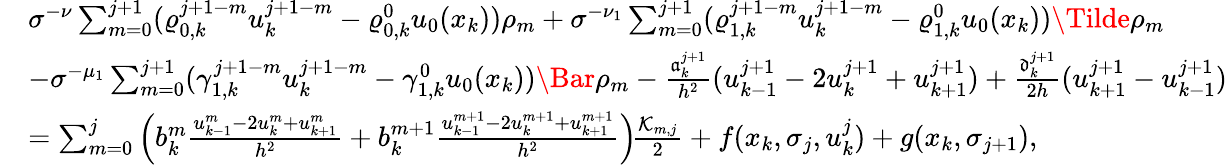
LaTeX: \begin{array}{rl}&{\sigma^{-\nu}\sum_{m=0}^{j+1}(\varrho_{0,k}^{j+1-m}u_{k}^{j+1-m}-\varrho_{0,k}^{0}u_{0}(x_{k}))\rho_{m}+\sigma^{-\nu_{1}}\sum_{m=0}^{j+1}(\varrho_{1,k}^{j+1-m}u_{k}^{j+1-m}-\varrho_{1,k}^{0}u_{0}(x_{k}))\Tilde\rho_{m}}\\ &{-\sigma^{-\mu_{1}}\sum_{m=0}^{j+1}(\gamma_{1,k}^{j+1-m}u_{k}^{j+1-m}-\gamma_{1,k}^{0}u_{0}(x_{k}))\Bar\rho_{m}-\frac{\mathfrak{a}_{k}^{j+1}}{h^{2}}(u_{k-1}^{j+1}-2u_{k}^{j+1}+u_{k+1}^{j+1})+\frac{\mathfrak{d}_{k}^{j+1}}{2h}(u_{k+1}^{j+1}-u_{k-1}^{j+1})}\\ &{=\sum_{m=0}^{j}\left(b_{k}^{m}\frac{u_{k-1}^{m}-2u_{k}^{m}+u_{k+1}^{m}}{h^{2}}+b_{k}^{m+1}\frac{u_{k-1}^{m+1}-2u_{k}^{m+1}+u_{k+1}^{m+1}}{h^{2}}\right)\! \frac{\mathcal{K}_{m,j}}{2}+f(x_{k},\sigma_{j},u_{k}^{j})+g(x_{k},\sigma_{j+1}),}\end{array}